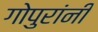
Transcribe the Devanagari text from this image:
गोपुरांनी